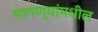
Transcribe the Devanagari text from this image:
मागण्यांमधील